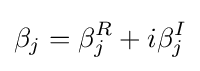
\beta _{j}=\beta _{j}^{R}+i\beta _{j}^{I}